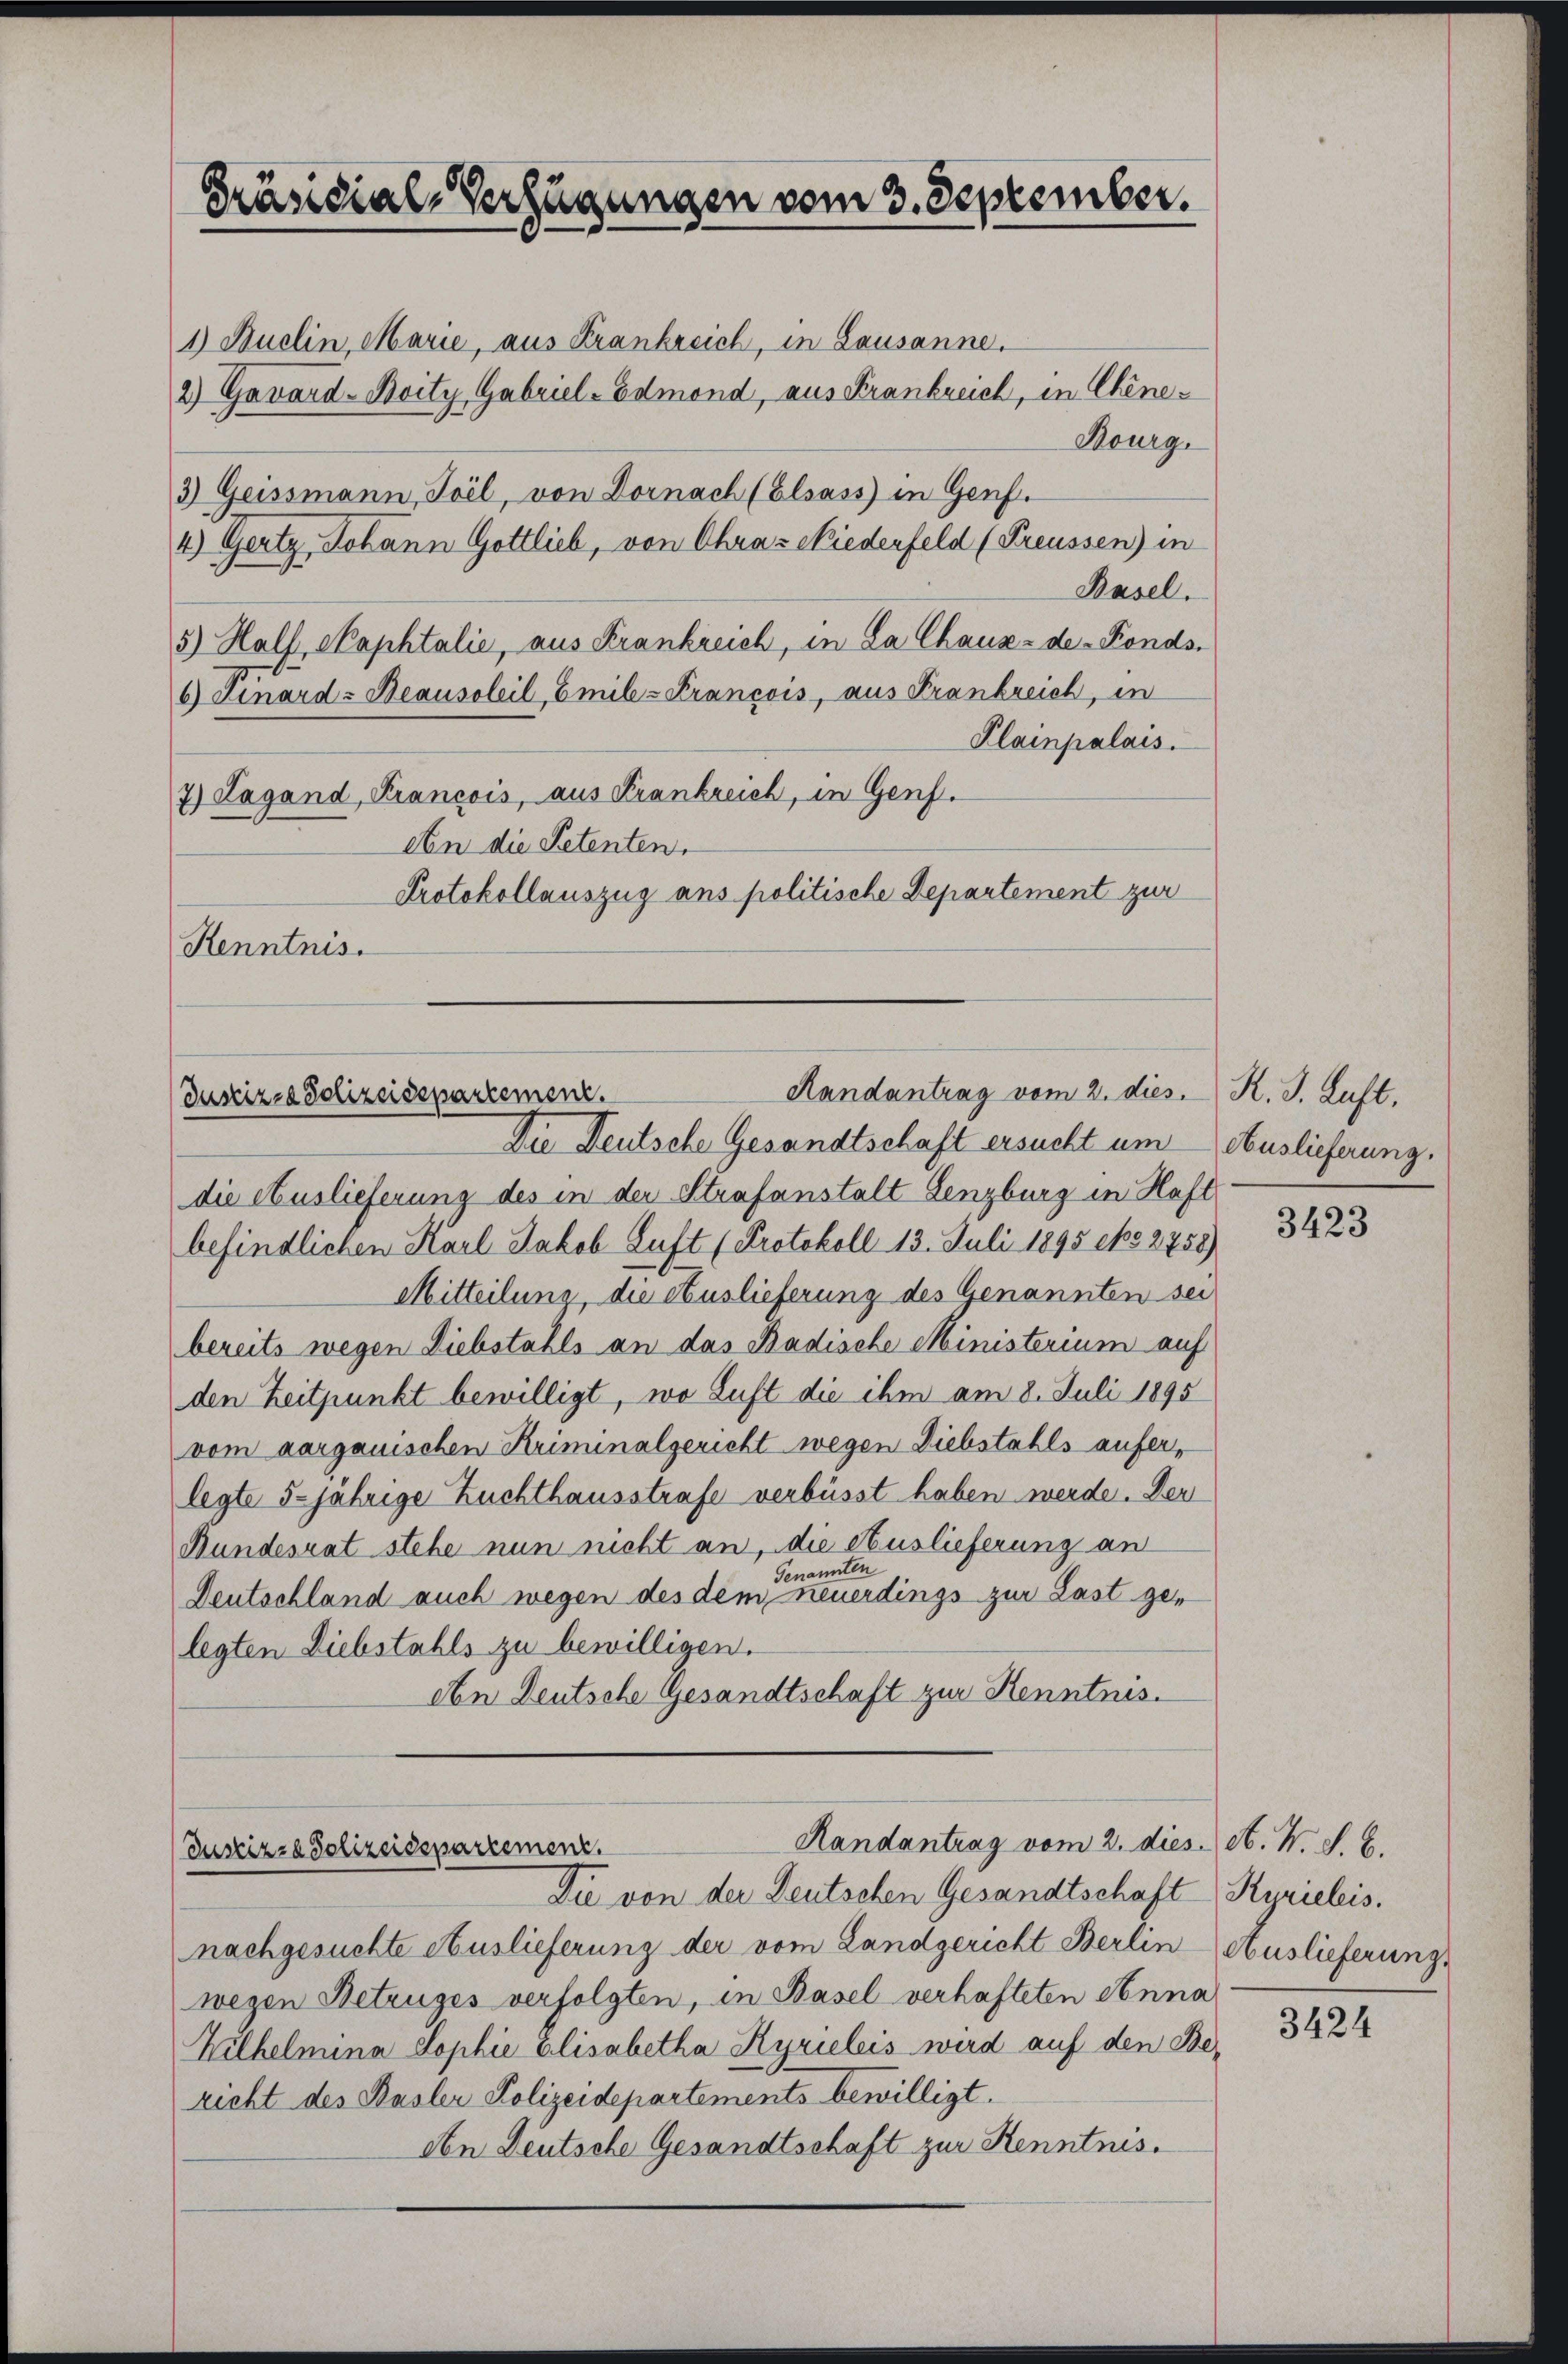
Präsidial-Verfügungen vom 3. September.

1) Buelin, Marie, aus Krankreich, in Lausanne.
2) Gavard-Boity, Gabriel-Edmond, aus Frankreich, in Chene¬
Bourg.
3) Geissmann, Toil, von Dornach (Elsass in Genf.
4) Gertz, Johann Gottlieb, von Chraz wiederfeld (Preussen) in
Basel.
5.) Hals, Saphtalie, aus Krankreich, in La Chaux-de-Fonds-
6) Finard-Beausoleil, Emilz Krancois, aus Krankreich, in
Plainpalais.
7) Lagand, Francois, aus Frankreich, in Genf.
An die Petenten.
Protokollauszug ans politische Departement zur
Kenntnis.

Randantrag vom 2. dies
Justizza Polizeisepartement.
Die Deutsche Gesandtschaft ersucht um Auslieferung.

die Auslieferung des in der Strafanstalt Lenzburg in Haft
befindlichen Karl Jakob Luft (Protokoll 13. Juli 1895 eko 2758)
Mitteilung, die Auslieferung des Genannten sei
bereits wegen Diebstahls an das Badische Ministerium auf
den Zeitpunkt bewilligt, wo Luft die ihm am 8. Juli 1895
vom aargauischen Kriminalgericht wegen Diebstahls aufer,
legte 5-jährige Zuchthausstrafe verbüsst haben werde. Der
Bundesrat stehe nun nicht an, die Auslieferung an
Genannten
Deutschland auch wegen des dem neuerdings zur Last gelegten Diebstahls zu bewilligen.
obe Deutsche Gesandtschaft zur Kenntnis.

Handantrag vom 2. die
Justiz- & Polizeidepartement.

Die von der Deutschen Gesandtschaft Kyrielis.
nachgesuchte Auslieferung der vom Landgericht Berlin Auslieferung
wegen Betruges verfolgten, in Basel verhafteten Anna
Wilhelmina Sophie Elisabetha Kyrieleis wird auf den Be-
richt des Basler Polizeidepartements bewilligt.
Aen Deutsche Gesandtschaft zur Kenntnis.

K. J. Luft.

3423

a. N. N. S. B.

3424